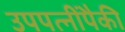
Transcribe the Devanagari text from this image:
उपपत्नींपैकी